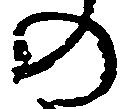
の